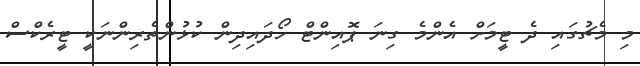
މި މެޗުގައި ދެ ޓީމަށް އެންމެ ގިނަ ޕޮއިންޓް ހޯދައިދިން ކުޅުންތެރިންނަކީ ޓީރެކްސް